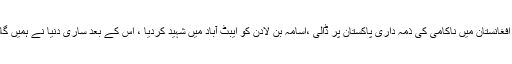
عمران خان نے کہا کہ امریکہ نے افغانستان میں ناکامی کی ذمہ داری پاکستان پر ڈالی ،اسامہ بن لادن کو ایبٹ آباد میں شہید کردیا ، اس کے بعد ساری دنیا نے ہمیں گالی نکالی اور ہمیں ہی برا بھلا کہا ۔